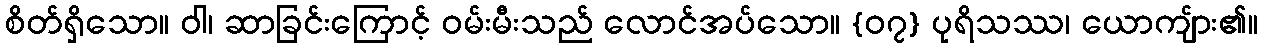
စိတ်ရှိသော။ ဝါ၊ ဆာခြင်းကြောင့် ဝမ်းမီးသည် လောင်အပ်သော။ {၀၇} ပုရိသဿ၊ ယောကျ်ား၏။